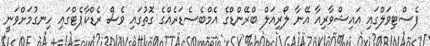
ފެސްޓިވަލްގައި އައިޝްވާރިއާ އޭނާ ލޯރިއަލް ބްރޭންޑްގެ އެމްބެސެޑަރެއްގެ ގޮތުގައި ވެސް ރެޑްކާޕެޓްގައި ހިނގުމަށްވަނީ